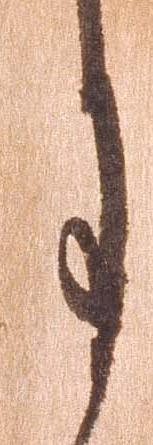
月